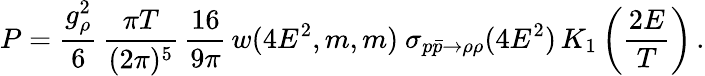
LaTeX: P={\frac{g_{\rho}^{2}}{6}}\, \frac{\pi T}{(2\pi)^{5}}\, \frac{16}{9\pi}\, w(4E^{2},m,m)\ \sigma_{p\bar{p}\rightarrow\rho\rho}(4E^{2})\, K_{1}\left(\frac{2E}{T}\right)\, .